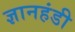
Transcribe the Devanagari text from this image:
ज्ञानहंडी